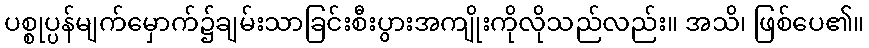
ပစ္စုပ္ပန်မျက်မှောက်၌ချမ်းသာခြင်းစီးပွားအကျိုးကိုလိုသည်လည်း။ အသိ၊ ဖြစ်ပေ၏။